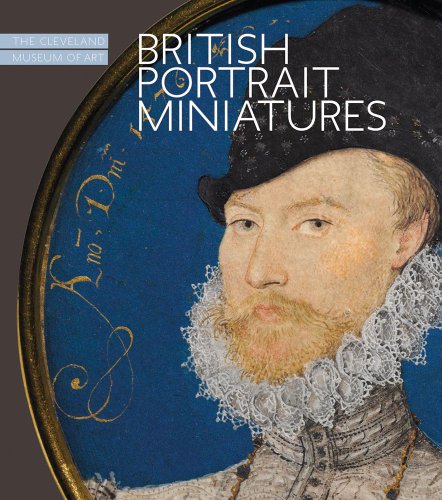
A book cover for British Portrait Miniatures: The Cleveland Museum of Art; Cory Korkow; Crafts, Hobbies & Home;